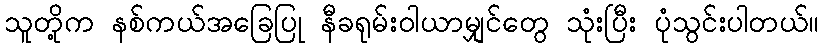
သူတို့က နစ်ကယ်အခြေပြု နီခရုမ်းဝါယာမျှင်တွေ သုံးပြီး ပုံသွင်းပါတယ်။